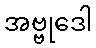
အဗ္ဗုဒေါ